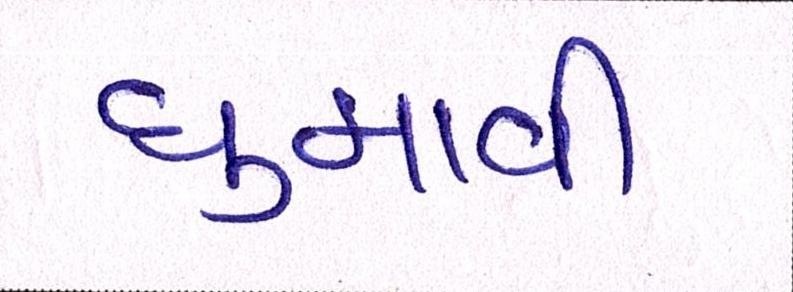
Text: ઘુમાવી